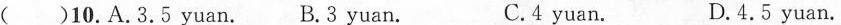
( )11.A.160 pages. B.60 pages. C.80 pages. D.120 pages.